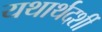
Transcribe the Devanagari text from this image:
यथार्थदर्शी